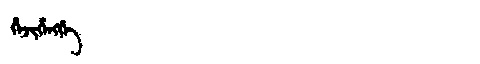
Manchu: ᡥᡝᠵᡳᡥᡝᠩᡤᡝ
Romanization: HEJIHENGGE